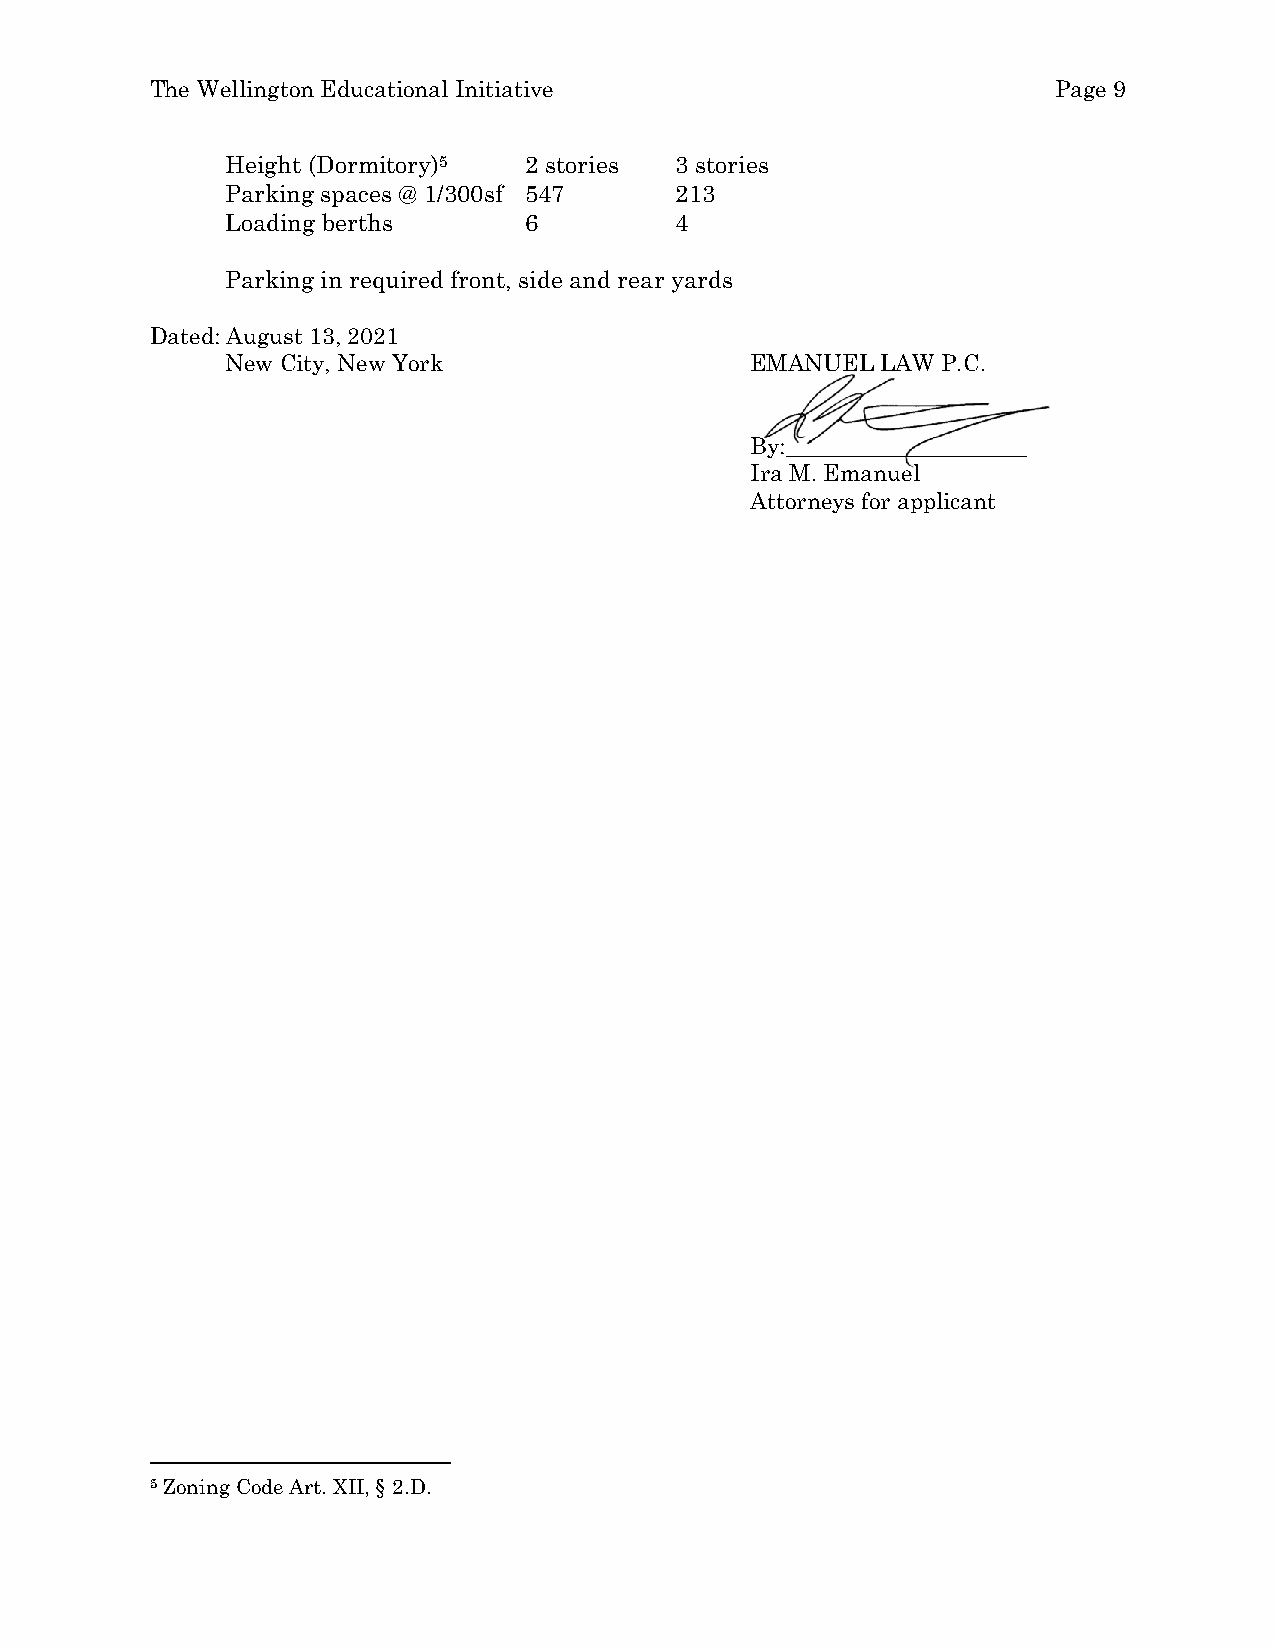
The Wellington Educational Initiative                       Page 9
 Height (Dormitory)5 2 stories 3 stories
 Parking spaces @ 1/300sf 547  213
 Loading berths      6         4
 Parking in required front, side and rear yards
 Dated: August 13, 2021
 New City, New York                 EMANUEL LAW P.C.
 By:_____________________
 Ira M. Emanuel
 Attorneys for applicant
 5 Zoning Code Art. XII, § 2.D.